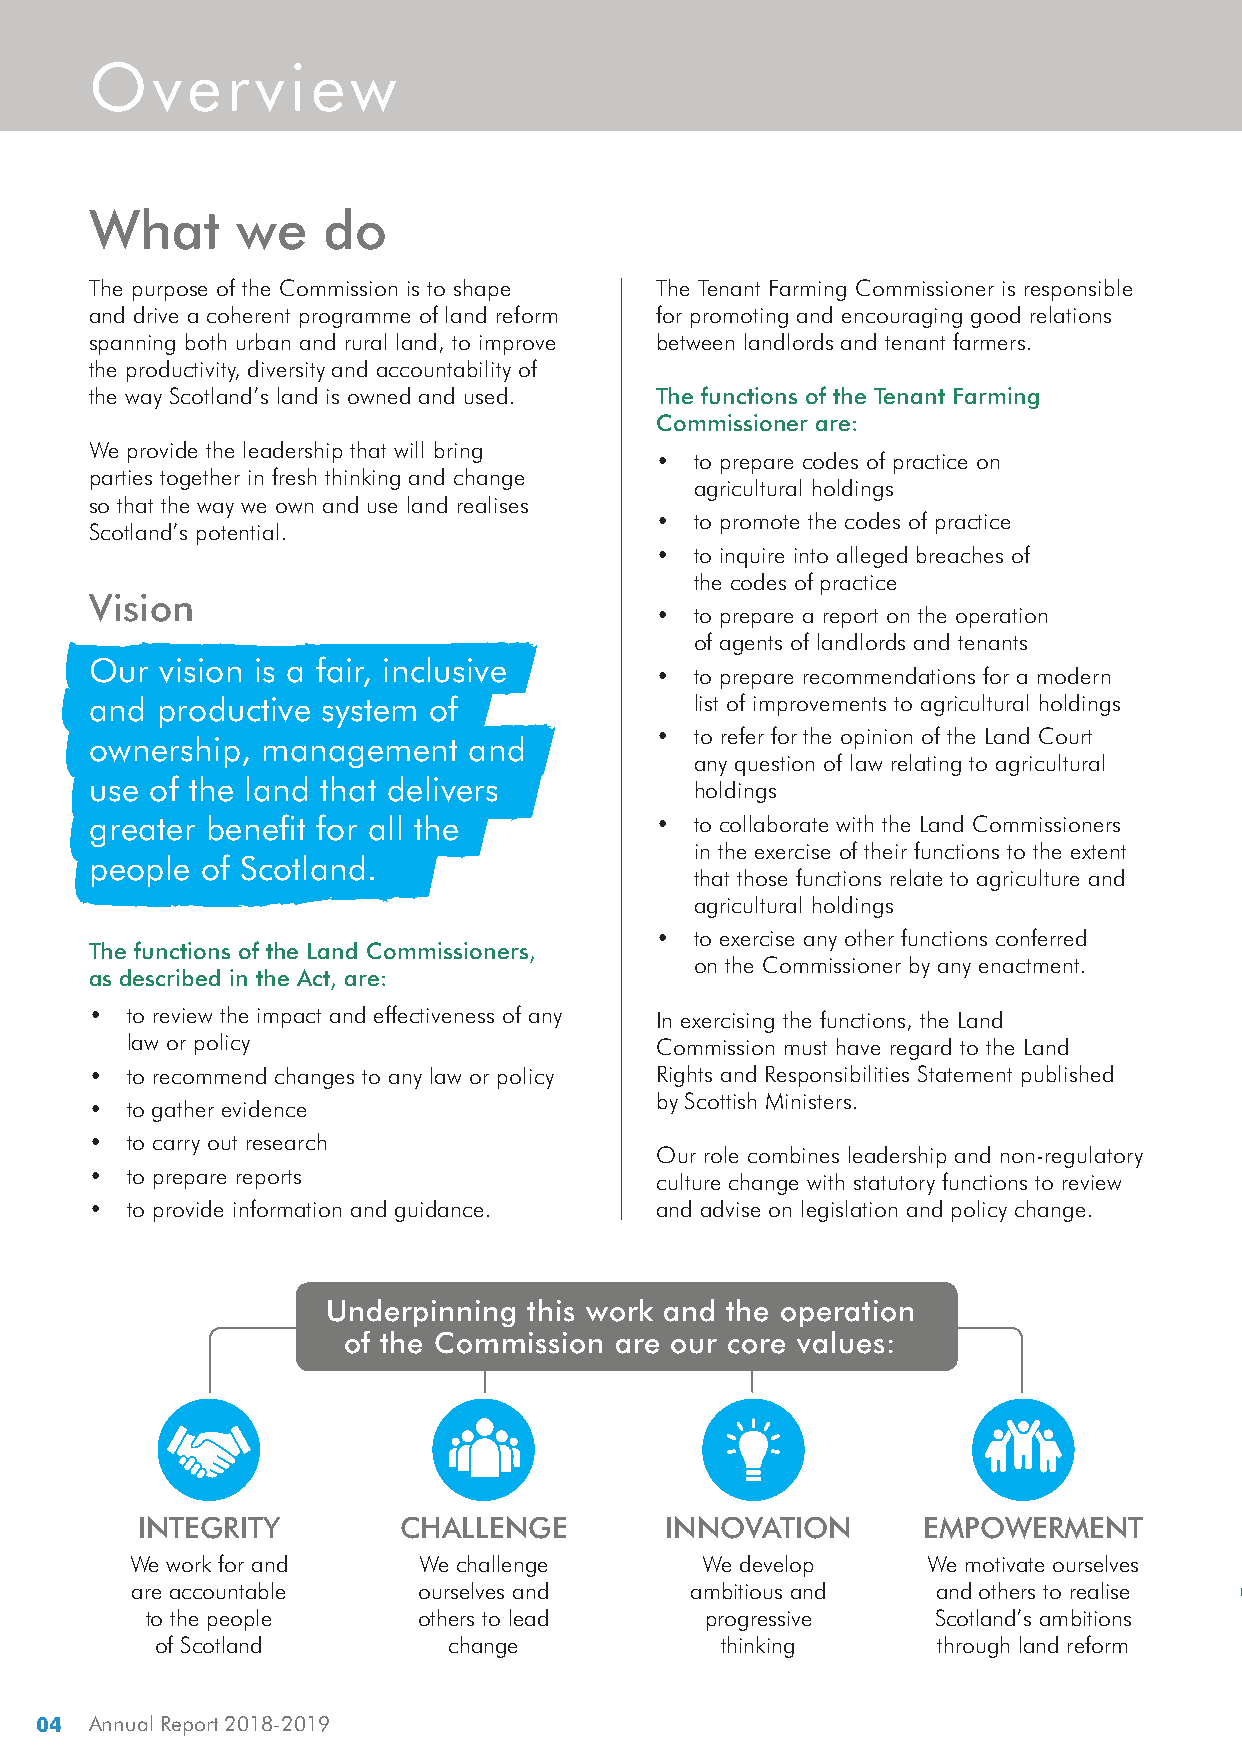
Overview
 What      we    do
 The purpose of the Commission is to shape The Tenant Farming Commissioner is responsible
 and drive a coherent programme of land reform for promoting and encouraging good relations
 spanning both urban and rural land, to improve between landlords and tenant farmers.
 the productivity, diversity and accountability of
 the way Scotland’s land is owned and used. The functions of the Tenant Farming
 Commissioner are:
 We provide the leadership that will bring
 • to prepare codes of practice on
 parties together in fresh thinking and change
 agricultural holdings
 so that the way we own and use land realises
 • to promote the codes of practice
 Scotland’s potential.
 • to inquire into alleged breaches of
 the codes of practice
 Vision
 • to prepare a report on the operation
 of agents of landlords and tenants
 Our  vision is a fair, inclusive
 • to prepare recommendations for a modern
 and  productive system of               list of improvements to agricultural holdings
 • to refer for the opinion of the Land Court
 ownership, management    and
 any question of law relating to agricultural
 use of the land that delivers           holdings
 greater benefit for all the           • to collaborate with the Land Commissioners
 in the exercise of their functions to the extent
 people of Scotland.
 that those functions relate to agriculture and
 agricultural holdings
 • to exercise any other functions conferred
 The functions of the Land Commissioners,
 on the Commissioner by any enactment.
 as described in the Act, are:
 •  to review the impact and effectiveness of any In exercising the functions, the Land
 law or policy                      Commission must have regard to the Land
 •  to recommend changes to any law or policy Rights and Responsibilities Statement published
 by Scottish Ministers.
 •  to gather evidence
 •  to carry out research
 Our role combines leadership and non-regulatory
 •  to prepare reports
 culture change with statutory functions to review
 •  to provide information and guidance. and advise on legislation and policy change.
 Underpinning this work and the operation
 of the Commission are our core values:
 INTEGRITY         CHALLENGE        INNOVATION       EMPOWERMENT
 We work for and    We challenge       We develop     We motivate ourselves
 are accountable    ourselves and     ambitious and   and others to realise
 to the people     others to lead     progressive    Scotland’s ambitions
 of Scotland         change            thinking      through land reform
 04 Annual Report 2018-2019